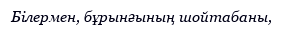
Білермен, бұрынғының шойтабаны,